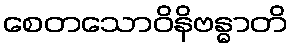
စေတသောဝိနိဗန္ဓာတိ